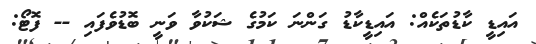
އައިޑީ ކާޑުތަކެއް: އައިޑީކާޑު ގަންނަ ކަމުގެ ޝަކުވާ ވަނީ ބޮޑުވެފައި -- ފޮޓޯ: